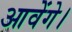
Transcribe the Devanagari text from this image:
आवेंगे।